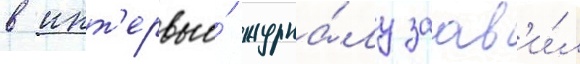
в инт'ервью́ журна́лу заав'и́л